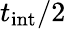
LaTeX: t_{\mathrm{int}}/2